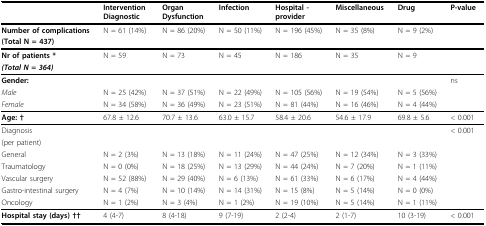
|  | Intervention Diagnostic | OrganDysfunction | Infection | Hospital -provider | Miscellaneous | Drug | P-value |
 | --- | --- | --- | --- | --- | --- | --- | --- |
 | Number of complications | N = 61 (14%) | N = 86 (20%) | N = 50 (11%) | N = 196 (45%) | N = 35 (8%) | N = 9 (2%) |  |
 | (Total N = 437) |  |  |  |  |  |  |  |
 | Nr of patients * | N = 59 | N = 73 | N = 45 | N = 186 | N = 35 | N = 9 |  |
 | (Total N = 364) |  |  |  |  |  |  |  |
 | Gender: |  |  |  |  |  |  | ns |
 | Male | N = 25 (42%) | N = 37 (51%) | N = 22 (49%) | N = 105 (56%) | N = 19 (54%) | N = 5 (56%) |  |
 | Female | N = 34 (58%) | N = 36 (49%) | N = 23 (51%) | N = 81 (44%) | N = 16 (46%) | N = 4 (44%) |  |
 | Age: † | 67.8 ± 12.6 | 70.7 ± 13.6 | 63.0 ± 15.7 | 58.4 ± 20.6 | 54.6 ± 17.9 | 69.8 ± 5.6 | < 0.001 |
 | Diagnosis |  |  |  |  |  |  | < 0.001 |
 | (per patient) |  |  |  |  |  |  |  |
 | General | N = 2 (3%) | N = 13 (18%) | N = 11 (24%) | N = 47 (25%) | N = 12 (34%) | N = 3 (33%) |  |
 | Traumatology | N = 0 (0%) | N = 18 (25%) | N = 13 (29%) | N = 44 (24%) | N = 7 (20%) | N = 1 (11%) |  |
 | Vascular surgery | N = 52 (88%) | N = 29 (40%) | N = 6 (13%) | N = 61 (33%) | N = 6 (17%) | N = 4 (44%) |  |
 | Gastro-intestinal surgery | N = 4 (7%) | N = 10 (14%) | N = 14 (31%) | N = 15 (8%) | N = 5 (14%) | N = 0 (0%) |  |
 | Oncology | N = 1 (2%) | N = 3 (4%) | N = 1 (2%) | N = 19 (10%) | N = 5 (14%) | N = 1 (11%) |  |
 | Hospital stay (days) †† | 4 (4-7) | 8 (4-18) | 9 (7-19) | 2 (2-4) | 2 (1-7) | 10 (3-19) | < 0.001 |